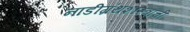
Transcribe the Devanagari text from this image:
नाडीग्रंथशास्त्राची